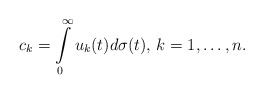
\begin{align*}c_k = \int\limits_0^\infty u_k(t)d\sigma(t),\,k=1,\dots,n.\end{align*}